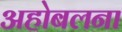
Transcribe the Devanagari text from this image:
अहोबलना